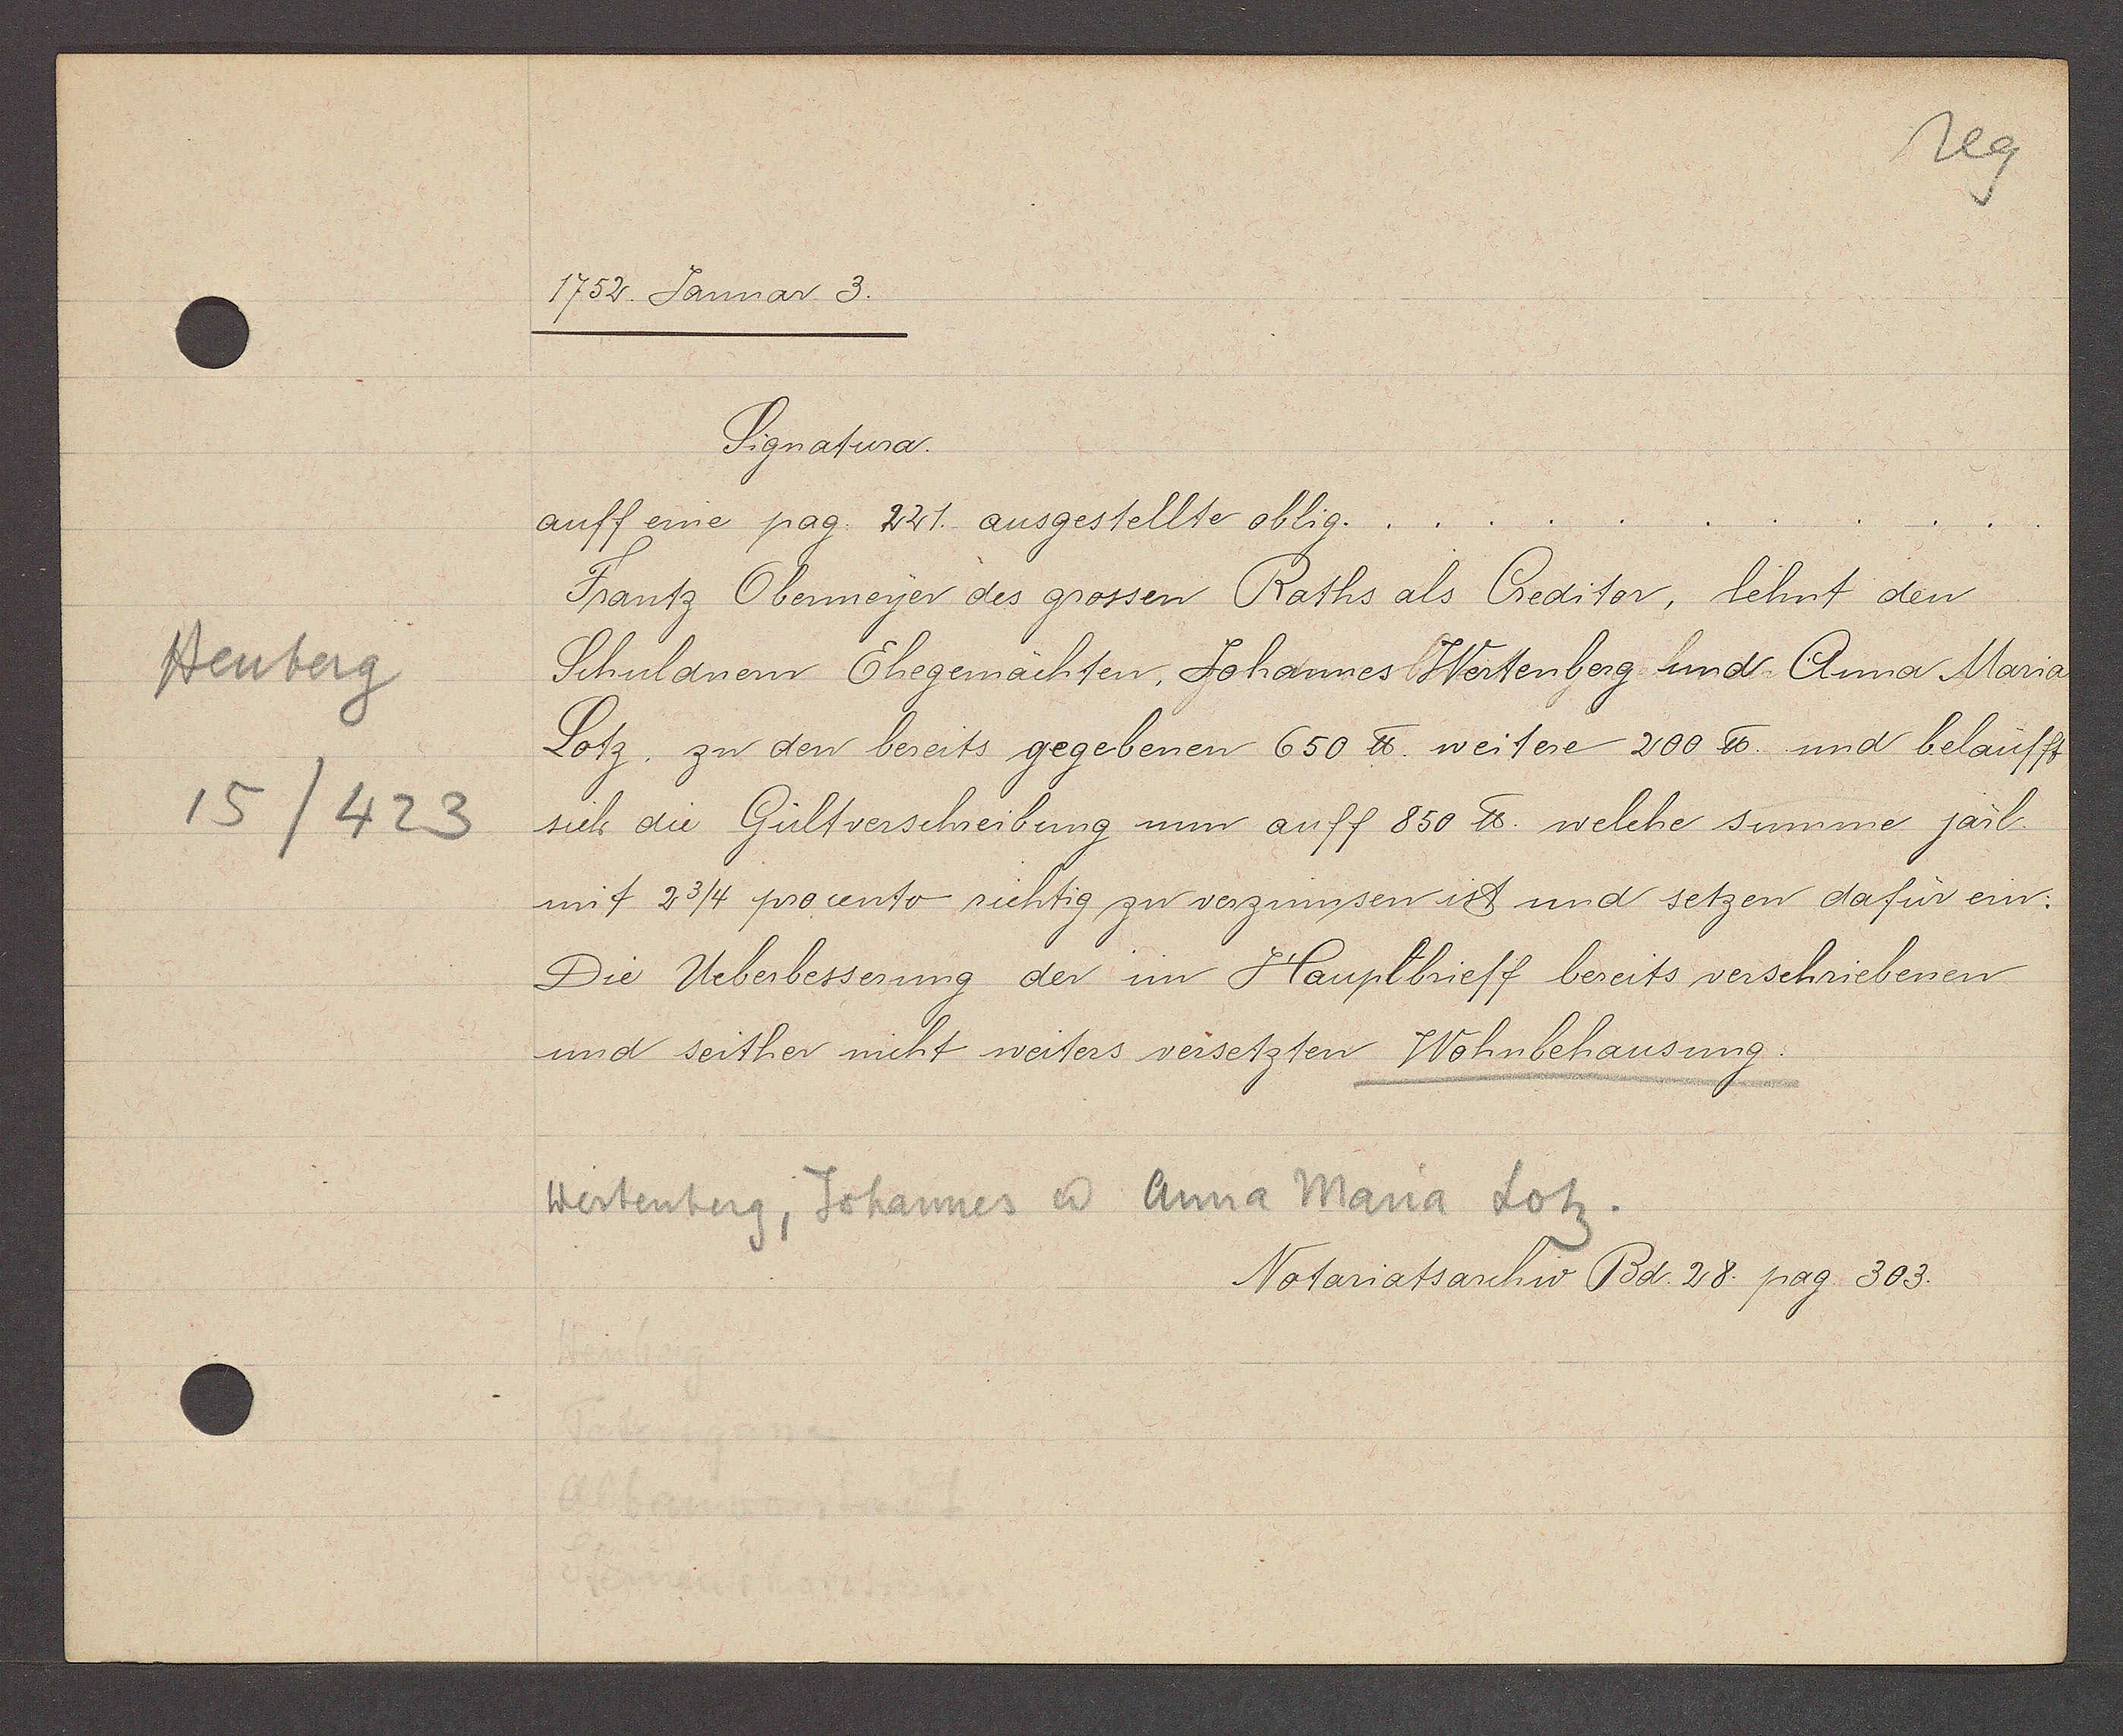
Transcript:
Heuberg
15/423

1752. Januar 3.

Signatura.
auff eine pag. 221. ausgestellte oblig.
Frantz Obermeyer des grossen Raths als Creditor, lehnt den
Schuldnern Ehegemächten, Johannes Wertenberg und Anna Maria
Lotz zu den bereits gegebenen 650 ℔ weitere 200 ℔ und beläufft
sich die Gültverschreibung nun auff 850 ℔. welche summe järl.
mit 2 3/4 procento richtig zu verzinnsen ist und setzen dafür ein:
Die Ueberbesserung der im Hauptbrieff bereits verschriebenen
und seither nicht weiters versetzten Wohnbehausung.

Wertenberg, Johannes & Anna Maria Lotz.

Notariatsarchiv Bd. 28. pag. 303.